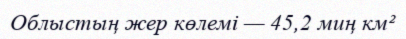
Облыстың жер көлемі — 45,2 миң км²